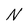
Character: N